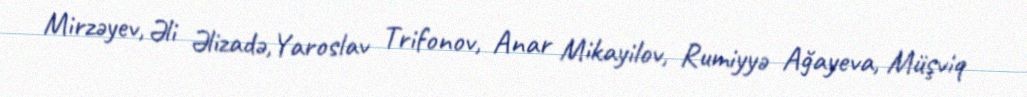
Mirzəyev, Əli Əlizadə,Yaroslav Trifonov, Anar Mikayilov, Rumiyyə Ağayeva, Müşviq